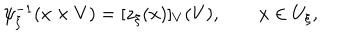
LaTeX: \psi _ { \xi } ^ { - 1 } ( x \times V ) = [ z _ { \xi } ( x ) ] _ { V } ( V ) , \qquad x \in U _ { \xi } ,